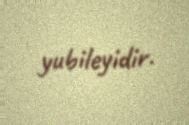
yubileyidir.